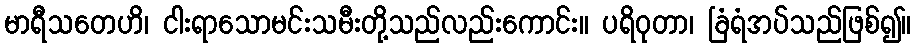
မာရီသတေဟိ၊ ငါးရာသောမင်းသမီးတို့သည်လည်းကောင်း။ ပရိဝုတာ၊ ခြံရံအပ်သည်ဖြစ်၍။